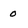
Character: 0